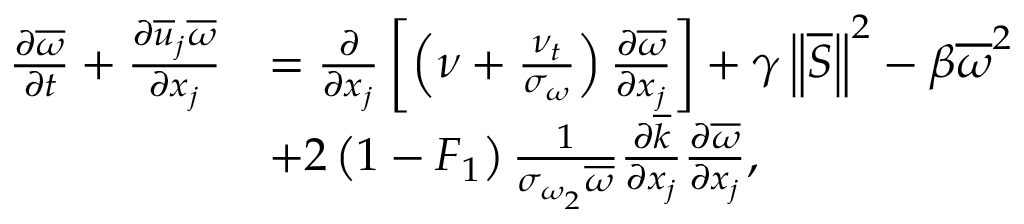
\begin{array} { r l } { \frac { \partial \overline { { \omega } } } { \partial t } + \frac { \partial \overline { { u } } _ { j } \overline { { \omega } } } { \partial x _ { j } } } & { = \frac { \partial } { \partial x _ { j } } \left[ \left( \nu + \frac { \nu _ { t } } { \sigma _ { \omega } } \right) \frac { \partial \overline { { \omega } } } { \partial x _ { j } } \right] + \gamma \left\Vert \overline { { S } } \right\Vert ^ { 2 } - \beta \overline { { \omega } } ^ { 2 } } \\ & { + 2 \left( 1 - F _ { 1 } \right) \frac { 1 } { \sigma _ { \omega _ { 2 } } \overline { { \omega } } } \frac { \partial \overline { { k } } } { \partial x _ { j } } \frac { \partial \overline { { \omega } } } { \partial x _ { j } } , } \end{array}